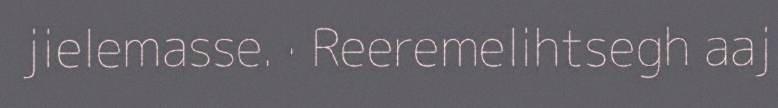
jielemasse. · Reeremelihtsegh aaj